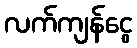
လက်ကျန်ငွေ